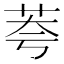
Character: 荂